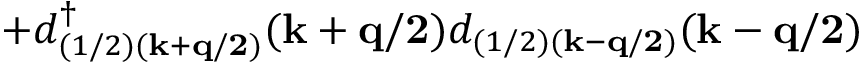
+ d _ { ( 1 / 2 ) ( { \bf { k + q / 2 } } ) } ^ { \dagger } ( { \bf { k + q / 2 } } ) d _ { ( 1 / 2 ) ( { \bf { k - q / 2 } } ) } ( { \bf { k - q / 2 } } )